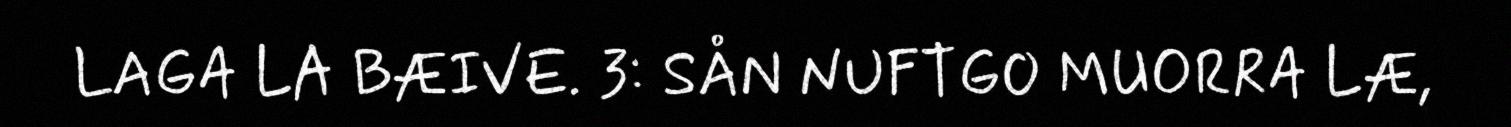
LAGA LA BÆIVE. 3: SÅN NUFTGO MUORRA LÆ,